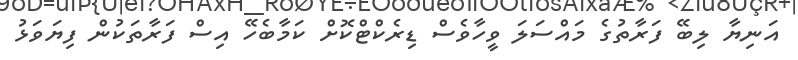
އަނިޔާ ލިބޭ ފަރާތުގެ މައްސަލަ ވީހާވެސް ޑިރެކްޓްކޮށް ކަމާބެހޭ އިސް ފަރާތަކުން ފިޔަވަޅު